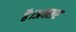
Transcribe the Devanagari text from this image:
है।अक्सर